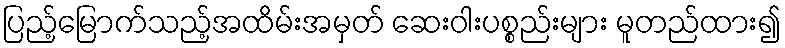
ပြည့်မြောက်သည့်အထိမ်းအမှတ် ဆေးဝါးပစ္စည်းများ မူတည်ထား၍